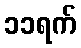
၁၁ရက်